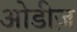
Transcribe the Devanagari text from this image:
ओडीज़